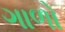
ગાળો